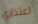
اعتذاري